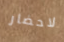
لاحضار